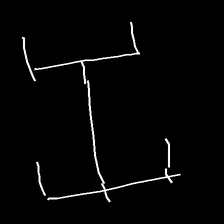
Glyph: entwine